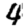
Digit: 4